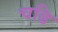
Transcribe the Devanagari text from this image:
चढि